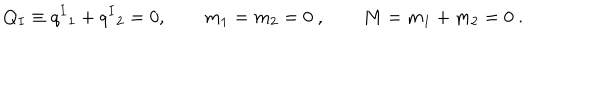
LaTeX: Q _ { I } \equiv q ^ { I } { } _ { 1 } + q ^ { I } { } _ { 2 } = 0 , \qquad m _ { 1 } = m _ { 2 } = 0 \ , \qquad M = m _ { 1 } + m _ { 2 } = 0 \ .